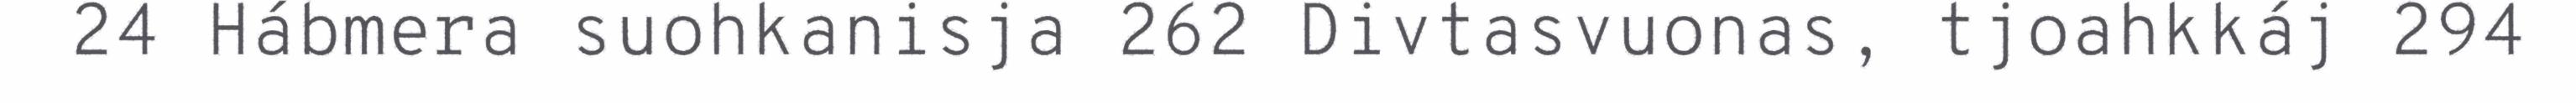
24 Hábmera suohkanisja 262 Divtasvuonas, tjoahkkáj 294